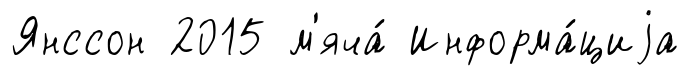
Янссон 2015 м'яча́ Информа́циjа